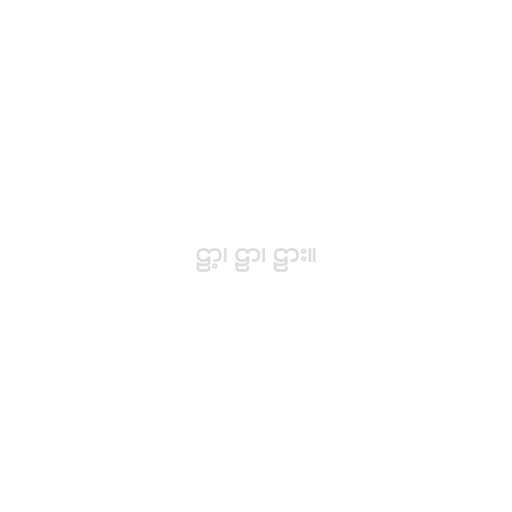
ဠာ့၊ ဠာ၊ ဠား။